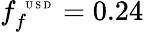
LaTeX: f_{f}^{\mathrm{~\tiny~U~S~D~}}=0.24